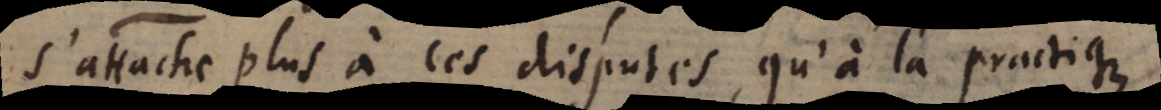
’attache plus à ces disputes, qu’à la practique